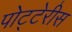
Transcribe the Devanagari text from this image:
पोट्टेरीस